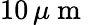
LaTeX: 10\, \mu\mathrm{~m~}